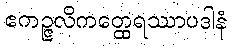
ဧကဉ္ဇလိကတ္ထေရဿာပဒါနံ